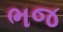
ભજ